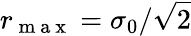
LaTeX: r_{\mathrm{~m~a~x~}}=\sigma_{0}/\sqrt{2}